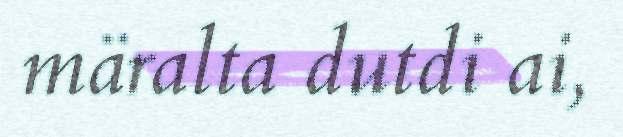
märalta dutdi ai,